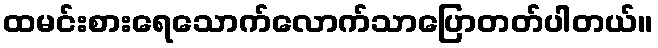
ထမင်းစားရေသောက်လောက်သာပြောတတ်ပါတယ်။